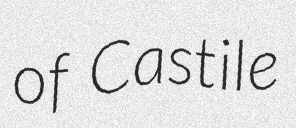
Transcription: of Castile